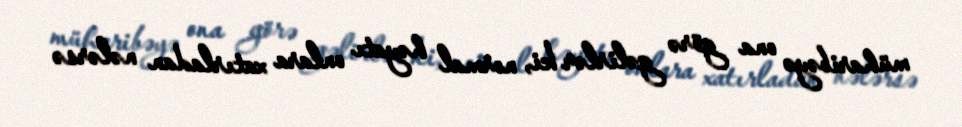
müharibəyə ona görə gəlirlər ki, normal həyatı onlara xatırladan nələrsə